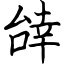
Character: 辝